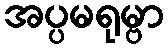
အပ္ပမရုမ္ဗာ